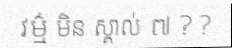
វម៌្ម មិន ស្គាល់ ៧ ? ?